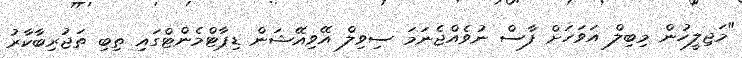
"މަޖިލީހުން މިބިލް އަވަހަށް ފާސް ނުވެއްޖެނަމަ ސިވިލް އޭވިއޭޝަން ޑިޕާޓްމެންޓްގައި ތިބި ތަޖުރިބާކާރު